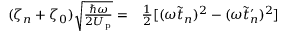
\begin{array} { r l } { ( \zeta _ { n } + \zeta _ { 0 } ) \sqrt { \frac { \hbar \omega } { 2 U _ { \mathrm { p } } } } = } & { { } \frac { 1 } { 2 } [ ( \omega \tilde { t } _ { n } ) ^ { 2 } - ( \omega \tilde { t } _ { n } ^ { \prime } ) ^ { 2 } ] } \end{array}